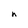
Character: n